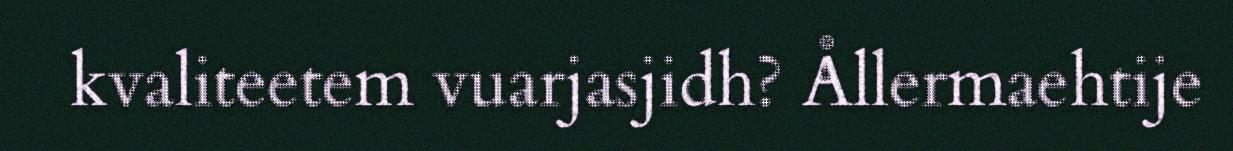
kvaliteetem vuarjasjidh? Ållermaehtije